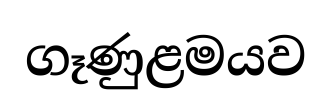
ගෑණුළමයව